Indian journal of veterinary science and animal husbandry - Volume 6,
Year: 1936
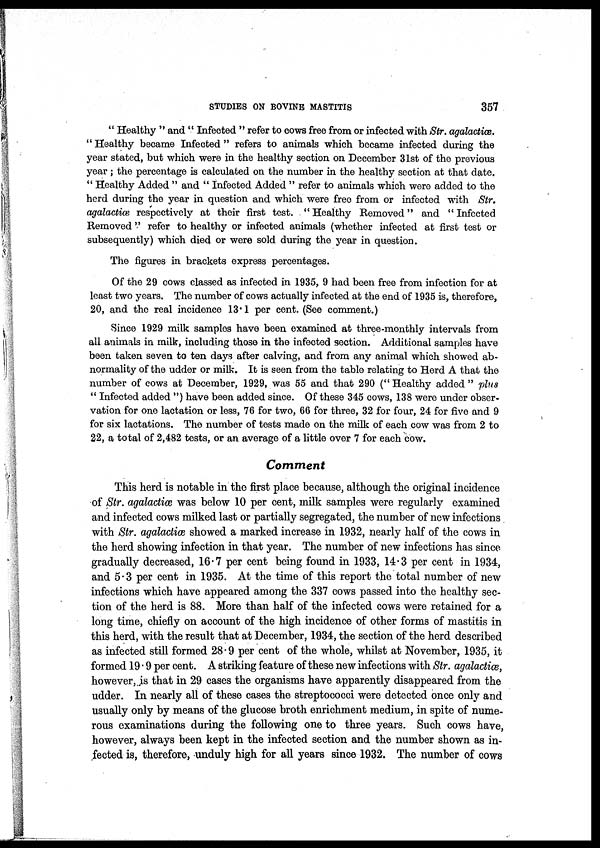
STUDIES ON BOVINE MASTITIS
357
" Healthy " and " Infected " refer to cows free from or infected with Str. agalactiæ.
" Healthy became Infected " refers to animals which became infected during the
year stated, but which were in the healthy section on December 31st of the previous
year ; the percentage is calculated on the number in the healthy section at that date.
" Healthy Added " and " Infected Added " refer to animals which were added to the
herd during the year in question and which were free from or infected with Str.
agalactiæ, respectively at their first test. "Healthy Removed" and "Infected
Removed " refer to healthy or infected animals (whether infected at first test or
subsequently) which died or were sold during the year in question.
The figures in brackets express percentages.
Of the 29 cows classed as infected in 1935, 9 had been free from infection for at
least two years. The number of cows actually infected at the end of 1935 is, therefore,
20, and the real incidence 13.1 per cent. (See comment.)
Since 1929 milk samples have been examined at three-monthly intervals from
all animals in milk, including those in the infected section. Additional samples have
been taken seven to ten days after calving, and from any animal which showed ab-
normality of the udder or milk. It is seen from the table relating to Herd A that the
number of cows at December, 1929, was 55 and that 290 ("Healthy added" plus
" Infected added ") have been added since. Of these 345 cows, 138 were under obser-
vation for one lactation or less, 76 for two, 66 for three, 32 for four, 24 for five and 9
for six lactations. The number of tests made on the milk of each cow was from 2 to
22, a total of 2,482 tests, or an average of a little over 7 for each cow.
Comment
This herd is notable in the first place because, although the original incidence
of Str. agalactiæ was below 10 per cent, milk samples were regularly examined
and infected cows milked last or partially segregated, the number of new infections
with Str. agalactiæ showed a marked increase in 1932, nearly half of the cows in
the herd showing infection in that year. The number of new infections has since
gradually decreased, 16.7 per cent being found in 1933, 14.3 per cent in 1934,
and 5.3 per cent in 1935. At the time of this report the total number of new
infections which have appeared among the 337 cows passed into the healthy sec-
tion of the herd is 88. More than half of the infected cows were retained for a
long time, chiefly on account of the high incidence of other forms of mastitis in
this herd, with the result that at December, 1934, the section of the herd described
as infected still formed 28.9 per cent of the whole, whilst at November, 1935, it
formed 19.9 per cent. A striking feature of these new infections with Str. agalactiæ,
however, is that in 29 cases the organisms have apparently disappeared from the
udder. In nearly all of these cases the streptococci were detected once only and
usually only by means of the glucose broth enrichment medium, in spite of nume-
rous examinations during the following one to three years. Such cows have,
however, always been kept in the infected section and the number shown as in-
fected is, therefore, unduly high for all years since 1932. The number of cows